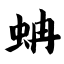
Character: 蚺